Leaving Certificate Examination, 1922
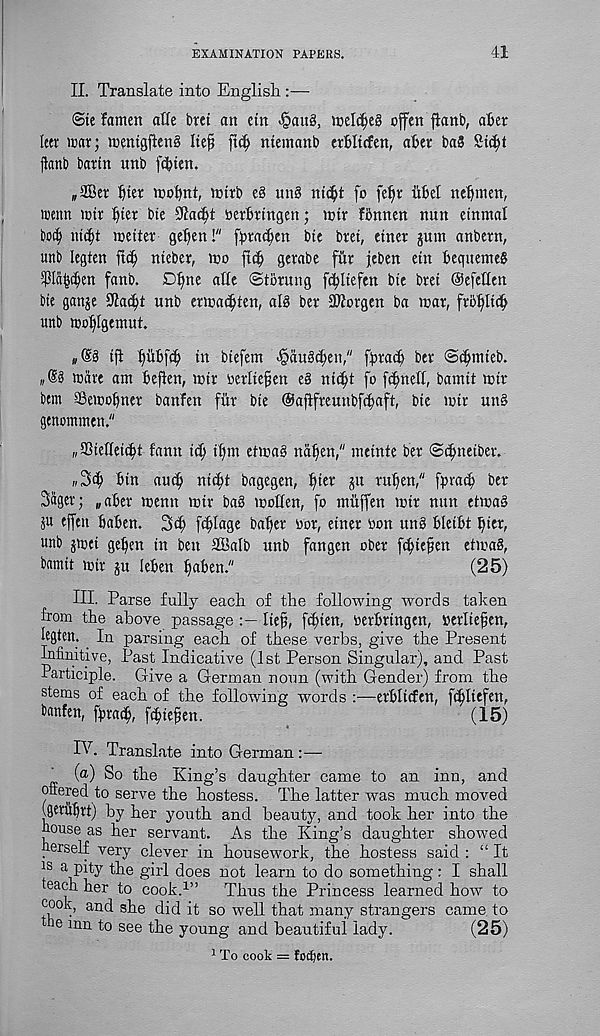
EXAMINATION PAPERS.
41
II. Translate into English :—
(Ste famett atfe brei an etn -§au§, mel^e§ offen flanb, ater
leer icar; mentgjienS Ite§ ftc^ niemanb erbltcfen, after ba3 Std;t
flanb bartn unb fc^ien.
„a®er ftter moftnt, mtrb e§ un§
fo fe^r iiftel neftmen,
roenn wtr ftter bte 9Ia(ftt serftrtngen; tntr fftnnen nun etnmal
bocft ntcftt meiter geften!" fpratften bte bret, etner jum anbern,
unt> legten ftcft nteber, tno ftcft gerabe ftir jeben etn fteqttemeS
Piiftcften fanb. Dftne atte ©toning f^ltefen bte bret ©efetlen
bte gan^e 9Ia(ftt unb ernjacftten, alS ber iKorgen ba tear, frftftlttft
unb tooftlgentut.
s (Sg tjt ftuftfcft tn btefem ^auScften," fftratft ber ©fftntteb.
ware am fteften, mtr 'oerlteften e§ ntcftt fo fcftnell, bamtt mtr
bent ©etooftner banfen fiir bte ©afifreunbfcftaft, bte nhr un§
genommen."
„25tefletiftt fann ttft tftm ettna§ ndften," meinte ber ©eftnetber.
„3cft fttn aueft ntcftt bagegen, ftter git ruften," fyratft ber
Sager; „after menu nhr bag motten, fo miiffen mtr nun etmag
gu effen ftaften. 3cft ftftlage bafter nor, etner non ung ftletftt ftter,
unb gmet geften tn ben 2BaIb unb fangen ober feftteften etmag,
bamtt toir gu leften ftaften."
(25)
HI. Parse fully each of the following words taken
from the above passage
lief, feftten, oerftrtngen, serlteften,
legten. In parsing each of these verbs, give the Present
Infinitive, Past Indicative (1st Person Singular), and Past
Participle. Give a German noun (with Gender) from the
stems of each of the following words :—erftltcfen, fcftltefen,
fremfen, fftraift, fifteen.
(15)
IV. Translate into German :—
^ (a) So the King’s daughter came to an inn, and
offered to serve the hostess. The latter was much moved
(geriiftrt) by her youth and beauty, and took her into the
nouse as her servant. As the King’s daughter showed
fierself very clever in housework, the hostess said : “ It
a pity the girl does not learn to do something: I shall
teach her to cook. 1 ”
Thus the Princess learned how to
cook, and she did it so well that many strangers came, to
e inn to see the young and beautiful lady.
(25)
1 To cook = foefjen.